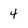
Character: 4